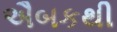
ઐબકથી